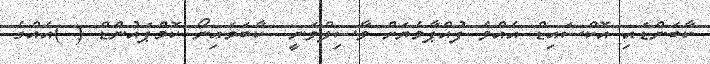
ކާބަންޑައި އޮކްސައިޑް އެއްވެ ފުއްޕާމެޔަށް ވާސިލްވަނީ  ކާބަމައިނޯ ކޮމްޕައުންޑް ( )އެއްގެ